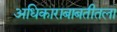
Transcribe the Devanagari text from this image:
अधिकाराबाबतीतला